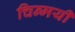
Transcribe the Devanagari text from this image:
चिन्मयी